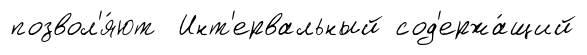
позвол'я́ют Инт'ервальный сод'ержа́щий